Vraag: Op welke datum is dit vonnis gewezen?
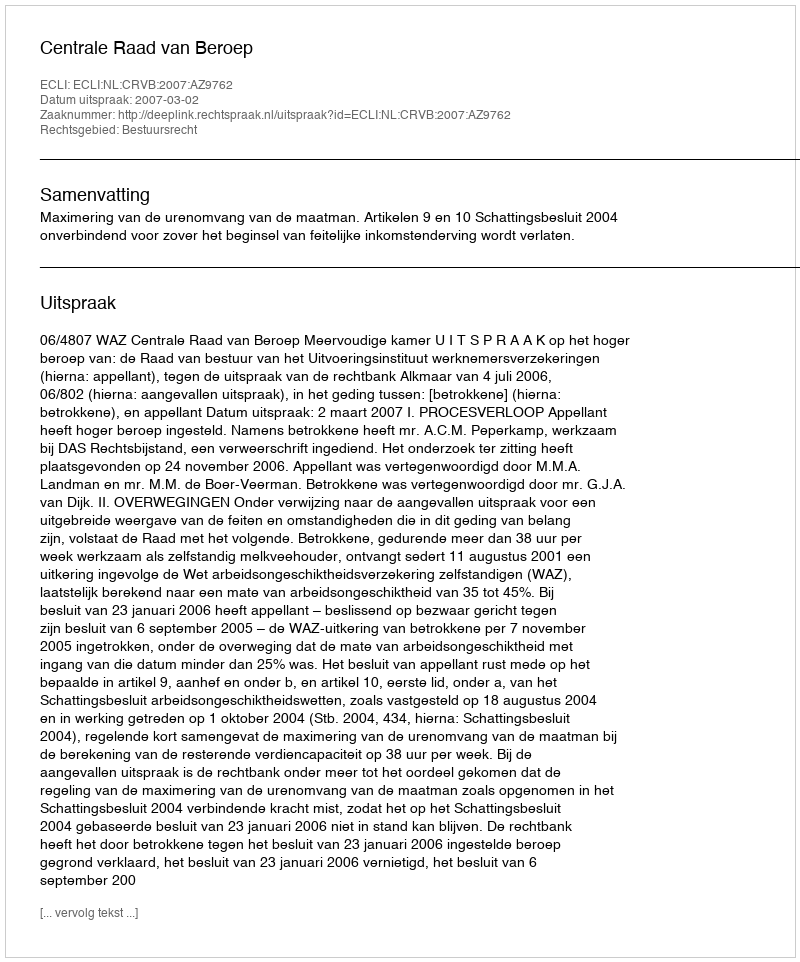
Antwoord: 2007-03-02